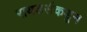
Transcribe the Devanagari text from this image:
रायडर्सकडून